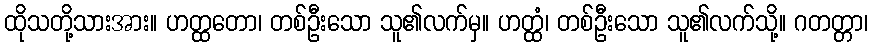
ထိုသတို့သားအား။ ဟတ္ထတော၊ တစ်ဦးသော သူ၏လက်မှ။ ဟတ္ထံ၊ တစ်ဦးသော သူ၏လက်သို့။ ဂတတ္တာ၊